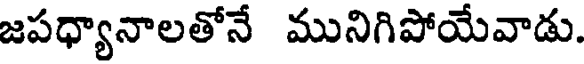
జపధ్యానాలతోనే మునిగిపోయేవాడు.